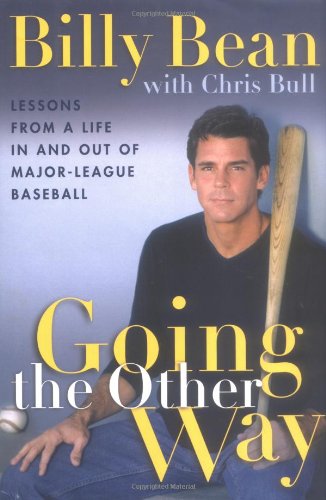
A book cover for Going the Other Way: Lessons from a Life in and out of Major-League Baseball; Billy Bean; Gay & Lesbian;